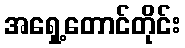
အရှေ့တောင်တိုင်း